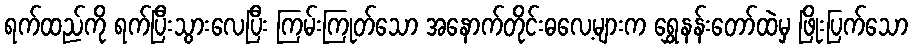
ရက်ထည်ကို ရက်ပြီးသွားလေပြီး ကြမ်းကြုတ်သော အနောက်တိုင်းဓလေ့များက ရွှေနန်းတော်ထဲမှ ဖြိုးပြက်သော